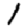
Digit: 1